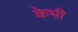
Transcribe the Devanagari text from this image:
केभी